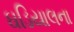
ઘડિયાલના